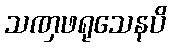
သဏှဖရုသေနပိ